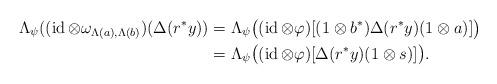
LaTeX: \begin{align*}\Lambda_{\psi}((\operatorname{id}\otimes\omega_{\Lambda(a),\Lambda(b)})(\Delta(r^*y))&=\Lambda_{\psi}\bigl((\operatorname{id}\otimes\varphi)[(1\otimes b^*)\Delta(r^*y)(1\otimes a)]\bigr) \\&=\Lambda_{\psi}\bigl((\operatorname{id}\otimes\varphi)[\Delta(r^*y)(1\otimes s)]\bigr).\end{align*}